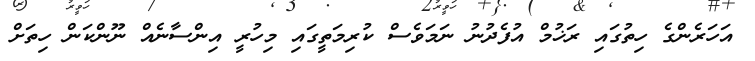
އަހަރެންގެ ހިތުގައި ރަޚުމް އުފެދުނު ނަމަވެސް ކުރިމަތީގައި މިހުރީ އިންސާނެއް ނޫންކަން ހިތަށް